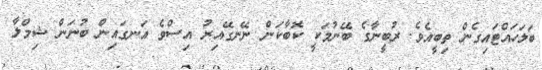
ބަލަހައްޓައިގެން ތިބީއެވެ. ރުބީނާގެ ބޭނުމަކީ ކޮބާކަން ނޭނގޭއިރު އިސްވެ އަނގައިން ބުނަން ޝިމްލާ